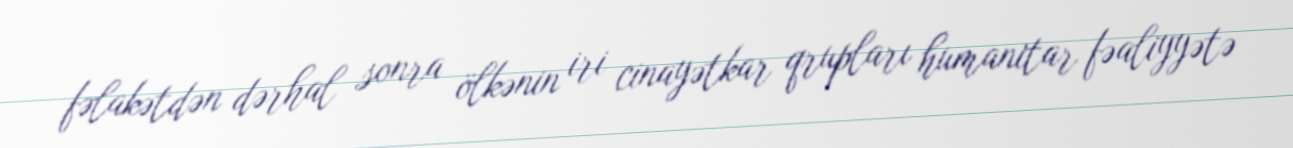
fəlakətdən dərhal sonra ölkənin iri cinayətkar qrupları humanitar fəaliyyətə